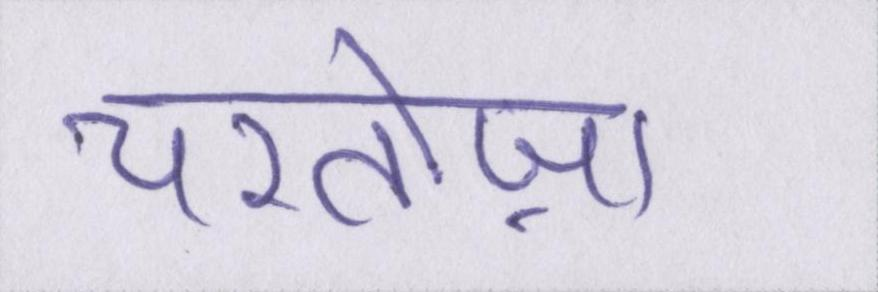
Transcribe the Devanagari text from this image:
चरतोज़ा